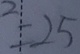
= 2 5